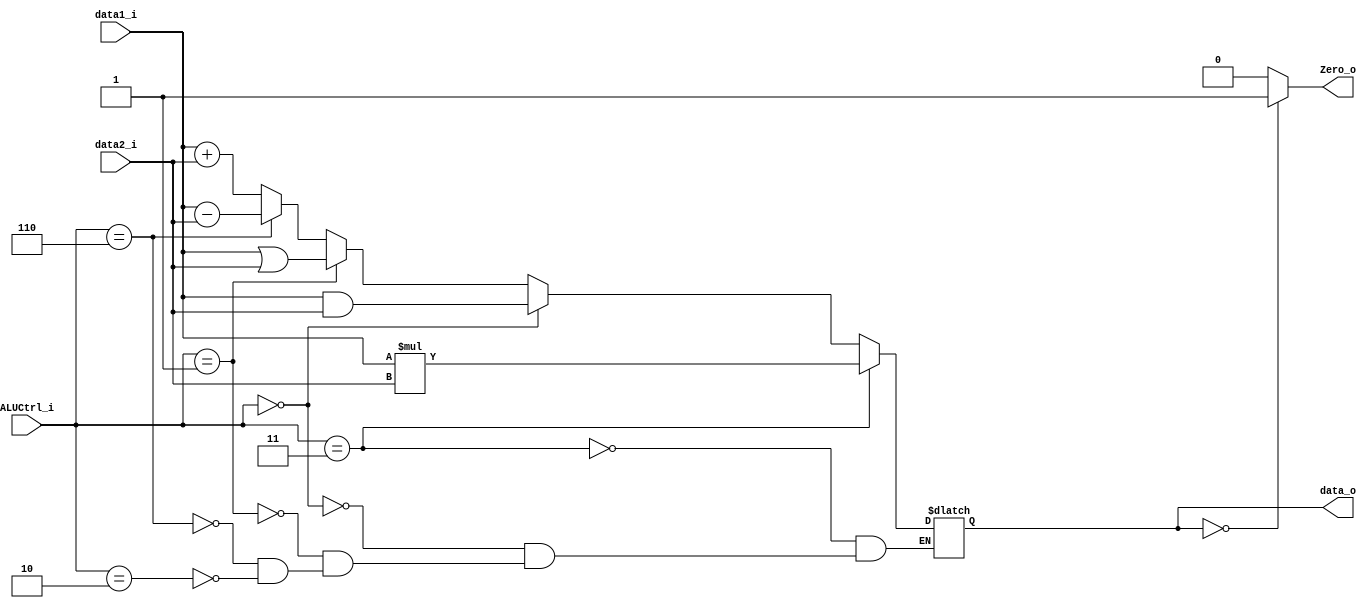
module ALU
(
	data1_i,
	data2_i,
	ALUCtrl_i,
	data_o,
	Zero_o
);

input [31:0] data1_i, data2_i;
input [2:0] ALUCtrl_i;
output [31:0] data_o;
output Zero_o;
reg Zero_o, data_o;
// wire can't be assign in always block
always @(data1_i or data2_i or ALUCtrl_i)
begin
	if(ALUCtrl_i == 3'b010) //Add
	begin
		data_o <= data1_i + data2_i;
	end
	if(ALUCtrl_i == 3'b110) //Sub
	begin
		data_o <= data1_i - data2_i;
	end
	if(ALUCtrl_i == 3'b001) //Or
	begin
		data_o <= data1_i | data2_i;
	end
	if(ALUCtrl_i == 3'b000) //And
	begin
		data_o <= data1_i & data2_i;
	end
	if(ALUCtrl_i == 3'b011) //Mul
	begin
		data_o <= data1_i * data2_i;
	end
	if(data_o == 32'h0000)
	begin
		Zero_o <= 1'b1;
	end
	else
	begin
		Zero_o <= 1'b0;
	end
end

endmodule